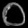
Digit: ၀